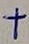
Text: +